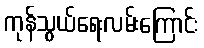
ကုန်သွယ်ရေးလမ်းကြောင်း